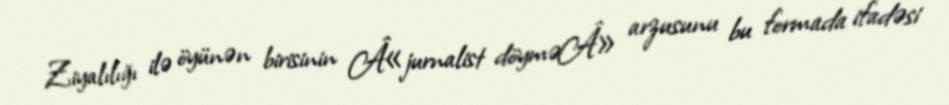
Ziyalılığı ilə öyünən birisinin Â«jurnalist döyməÂ» arzusunu bu formada ifadəsi